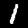
Label: 1